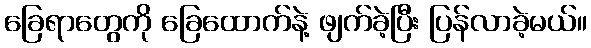
ခြေရာတွေကို ခြေထောက်နဲ့ ဖျက်ခဲ့ပြီး ပြန်လာခဲ့မယ်။